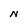
Character: N